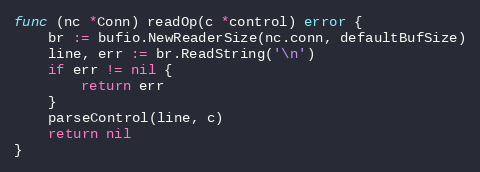
Language: Go
func (nc *Conn) readOp(c *control) error {
	br := bufio.NewReaderSize(nc.conn, defaultBufSize)
	line, err := br.ReadString('\n')
	if err != nil {
		return err
	}
	parseControl(line, c)
	return nil
}